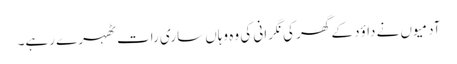
آدمیوں نے داؤد کے گھر کی نگرانی کی وہ وہاں ساری رات ٹھہرے رہے۔